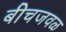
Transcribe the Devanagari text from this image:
बीचजवळ